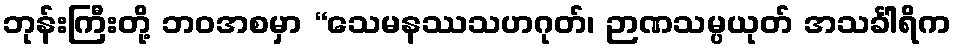
ဘုန်းကြီးတို့ ဘဝအစမှာ “သေမနဿသဟဂုတ်၊ ဉာဏသမ္ပယုတ် အသင်္ခါရိက